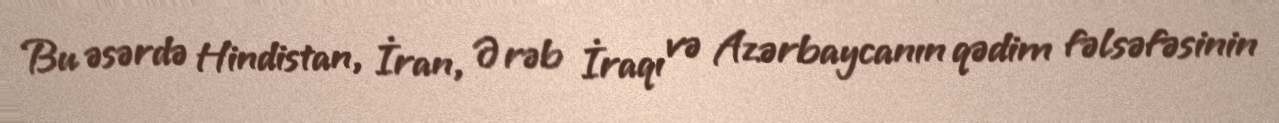
Bu əsərdə Hindistan, İran, Ərəb İraqı və Azərbaycanın qədim fəlsəfəsinin